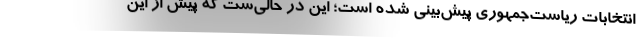
انتخابات ریاست‌جمهوری پیش‌بینی شده است؛ این در حالی‌ست که پیش از این